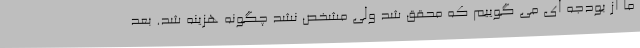
ما از بودجه ای می گوییم که محقق شد ولی مشخص نشد چگونه هزینه شد. بعد